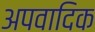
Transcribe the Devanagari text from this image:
अपवादिक